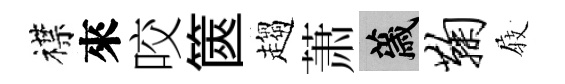
襟來咬篋趨萧薉鞠𡲆